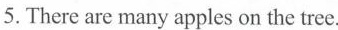
5.There are many apples on the tree.